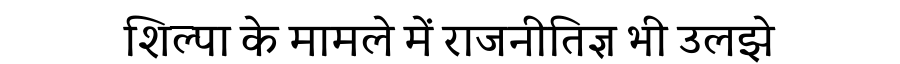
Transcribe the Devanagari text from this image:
शिल्पा के मामले में राजनीतिज्ञ भी उलझे